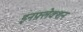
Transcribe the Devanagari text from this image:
इनफ़्लेक्शन